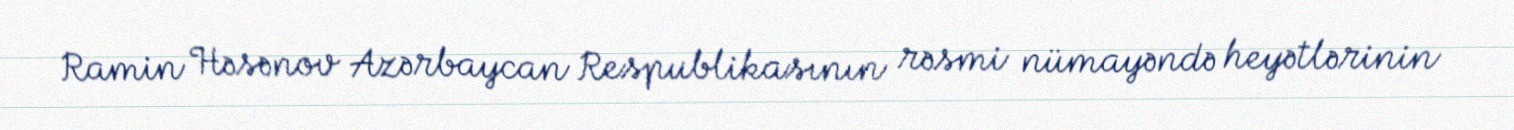
Ramin Həsənov Azərbaycan Respublikasının rəsmi nümayəndə heyətlərinin